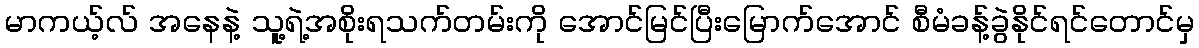
မာကယ့်လ် အနေနဲ့ သူ့ရဲ့အစိုးရသက်တမ်းကို အောင်မြင်ပြီးမြောက်အောင် စီမံခန့်ခွဲနိုင်ရင်တောင်မှ